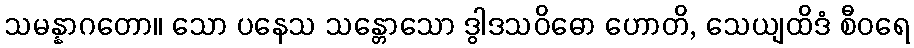
သမန္နာဂတော။ သော ပနေသ သန္တောသော ဒွါဒသဝိဓော ဟောတိ, သေယျထိဒံ စီဝရေ